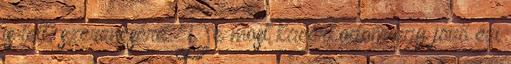
is lett, szerencsére. De most kacérkodom egy jövő évi